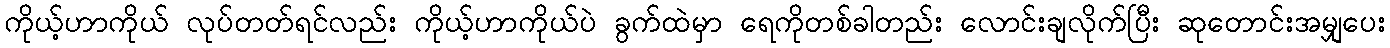
ကိုယ့်ဟာကိုယ် လုပ်တတ်ရင်လည်း ကိုယ့်ဟာကိုယ်ပဲ ခွက်ထဲမှာ ရေကိုတစ်ခါတည်း လောင်းချလိုက်ပြီး ဆုတောင်းအမျှပေး